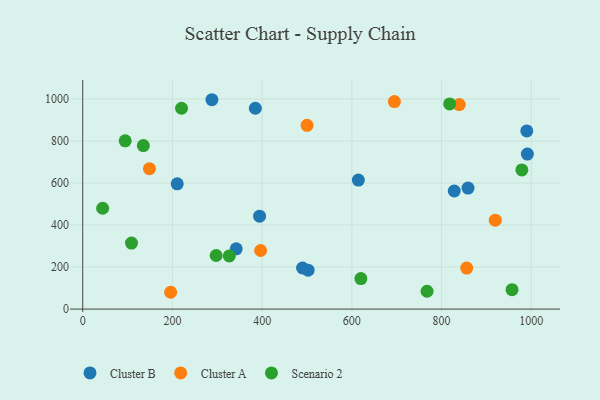
{"axis": {"x": "Investment", "y": "Salary"}, "legend": ["Cluster A", "Cluster B", "Scenario 2"], "data": [{"x": "394.3", "y": 442.3, "type": "Cluster B"}, {"x": "859.0", "y": 576.1, "type": "Cluster B"}, {"x": "990.0", "y": 847.6, "type": "Cluster B"}, {"x": "384.8", "y": 955.7, "type": "Cluster B"}, {"x": "210.7", "y": 596.0, "type": "Cluster B"}, {"x": "828.3", "y": 562.0, "type": "Cluster B"}, {"x": "288.0", "y": 996.3, "type": "Cluster B"}, {"x": "614.5", "y": 613.7, "type": "Cluster B"}, {"x": "490.1", "y": 195.5, "type": "Cluster B"}, {"x": "502.5", "y": 185.0, "type": "Cluster B"}, {"x": "991.3", "y": 737.5, "type": "Cluster B"}, {"x": "342.2", "y": 286.9, "type": "Cluster B"}, {"x": "919.7", "y": 423.0, "type": "Cluster A"}, {"x": "694.9", "y": 987.6, "type": "Cluster A"}, {"x": "196.0", "y": 80.0, "type": "Cluster A"}, {"x": "500.2", "y": 874.3, "type": "Cluster A"}, {"x": "148.8", "y": 668.1, "type": "Cluster A"}, {"x": "396.6", "y": 278.7, "type": "Cluster A"}, {"x": "856.1", "y": 195.3, "type": "Cluster A"}, {"x": "839.5", "y": 973.4, "type": "Cluster A"}, {"x": "108.8", "y": 314.2, "type": "Scenario 2"}, {"x": "220.3", "y": 955.8, "type": "Scenario 2"}, {"x": "326.8", "y": 252.8, "type": "Scenario 2"}, {"x": "957.1", "y": 92.3, "type": "Scenario 2"}, {"x": "135.2", "y": 778.1, "type": "Scenario 2"}, {"x": "767.7", "y": 84.8, "type": "Scenario 2"}, {"x": "979.0", "y": 662.4, "type": "Scenario 2"}, {"x": "297.5", "y": 255.1, "type": "Scenario 2"}, {"x": "44.4", "y": 479.9, "type": "Scenario 2"}, {"x": "620.1", "y": 145.1, "type": "Scenario 2"}, {"x": "818.0", "y": 976.1, "type": "Scenario 2"}, {"x": "94.7", "y": 800.8, "type": "Scenario 2"}]}